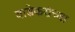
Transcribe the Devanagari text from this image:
वाडेकरांच्या